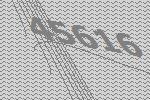
45616